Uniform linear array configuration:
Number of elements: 16
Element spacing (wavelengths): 0.5
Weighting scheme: uniform
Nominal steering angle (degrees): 60
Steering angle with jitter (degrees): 59.314
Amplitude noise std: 0.05
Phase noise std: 0.05

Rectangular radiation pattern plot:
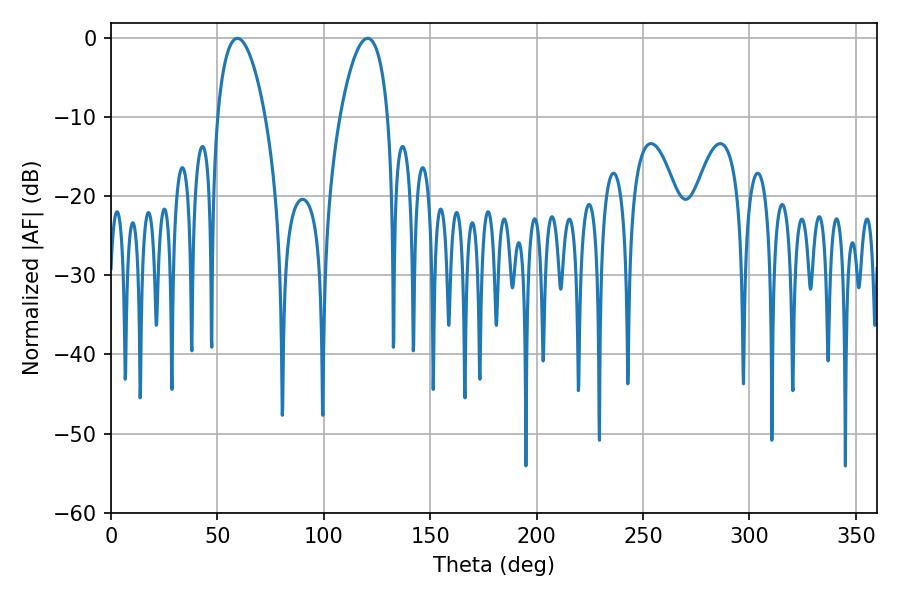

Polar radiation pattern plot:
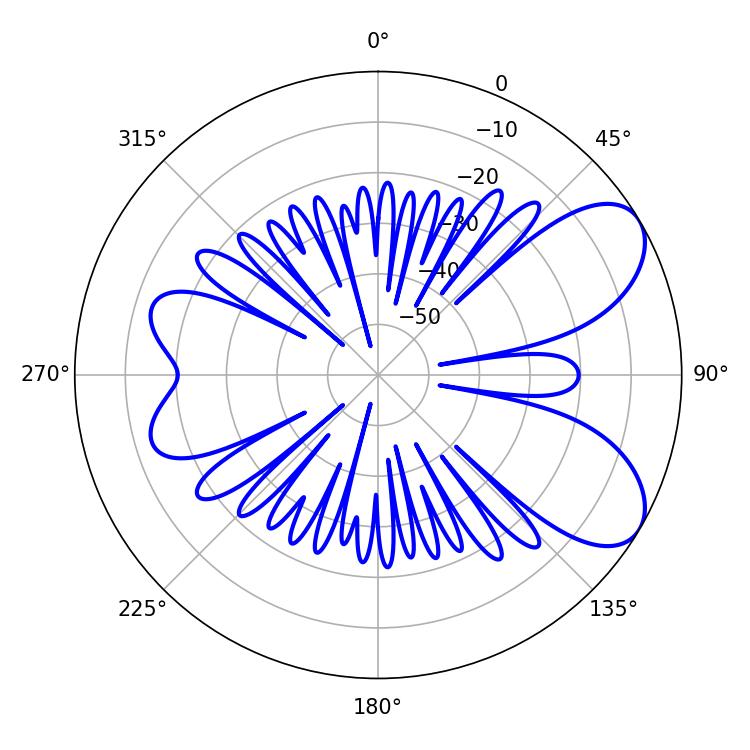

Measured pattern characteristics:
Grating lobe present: FALSE
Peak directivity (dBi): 7.173
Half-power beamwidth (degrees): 12.6
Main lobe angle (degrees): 59.4